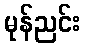
မုန်ညင်း